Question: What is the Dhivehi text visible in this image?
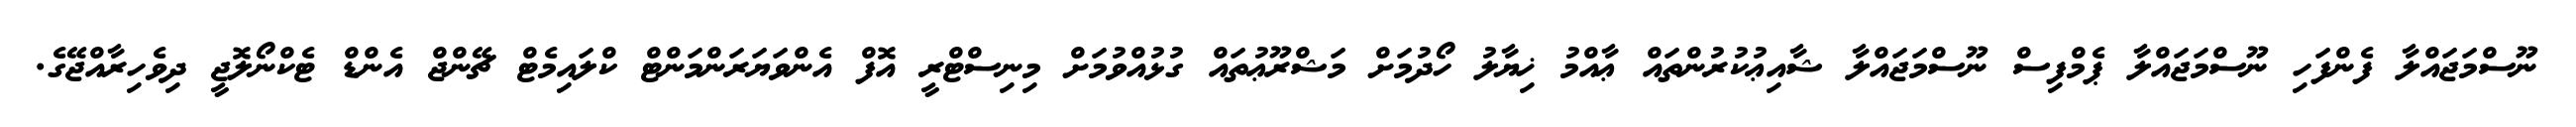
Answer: ނޫސްމަޖައްލާ ފެންފަހި ނޫސްމަޖައްލާ ޕެމްފިސް ނޫސްމަޖައްލާ ޝާއިޢުކުރުންތައް ޢާއްމު ޚިޔާލު ހޯދުމަށް މަޝްރޫޢުތައް ގުޅުއްވުމަށް މިނިސްޓްރީ އޮފް އެންވަޔަރަންމަންޓް ކްލައިމެޓް ޗޭންޖް އެންޑް ޓެކްނޯލޮޖީ ދިވެހިރާއްޖޭގެ.